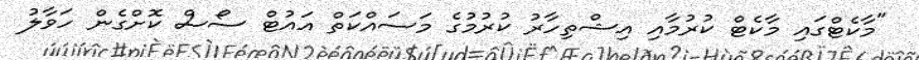
"މާކެޓްގައި މާކެޓް ކުރުމާއި އިޝްތިހާރު ކުރުމުގެ މަސައްކަތް އައުޓް ސޯސް ކޮށްގެން ހަވާލު